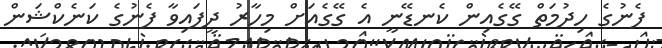
ފެނުގެ ހިދުމަތް ގޭގެއިން ކެނޑޭނީ އެ ގޭގެއަށް މިހާރު ދީފައިވާ ފެނުގެ ކަނެކްޝަން